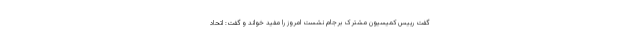
گفت رییس کمیسیون مشترک برجام نشست امروز را مفید خواند و گفت: اتحاد